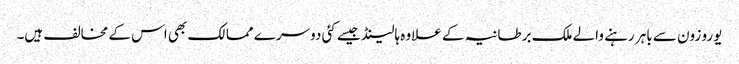
یورو زون سے باہر رہنے والے ملک برطانیہ کے علاوہ ہالینڈ جیسے کئی دوسرے ممالک بھی اس کے مخالف ہیں۔